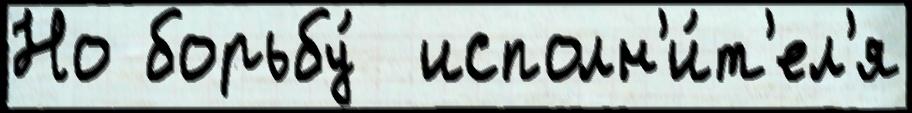
Но борьбу́  исполн'и́т'ел'я